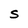
Character: S